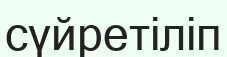
сүйретіліп